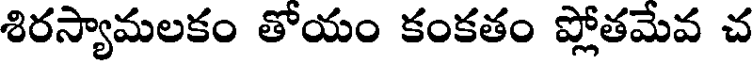
శిరస్యామలకం తోయం కంకతం ప్లోతమేవ చ